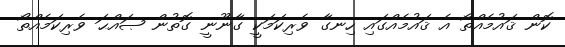
ކޮން ޤައުމެއްތޯ އެ ޤައުމެއްގައި ހިނގާ ވެރިކަމަކީ ގާނޫނީ ގޮތުން ޞައްޙަ ވެރިކަމެއްތޯ